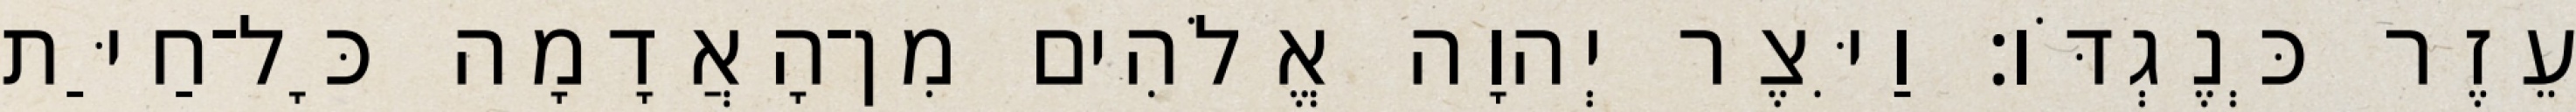
עֵזֶר כְּנֶגְדֹּו׃ וַיִּצֶר יְהוָה אֱלֹהִים מִן־הָאֲדָמָה כָּל־חַיַּת